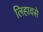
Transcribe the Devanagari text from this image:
लिहावसे